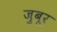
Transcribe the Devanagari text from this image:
ज़ुबूर